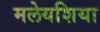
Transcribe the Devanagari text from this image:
मलेयशिया